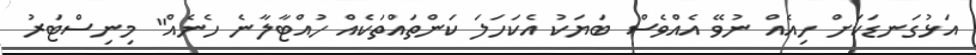
އަޅުގަނޑަކަށް ހިއެއް ނުވޭ އެއްވެސް ބަޔަކު އެކަހަލަ ކަންތައްތަކެއް ހުއްޓާލާނެ ހެނެއް" މިނިސްޓަރު